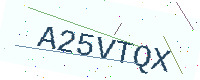
Text: A25VTQX